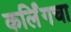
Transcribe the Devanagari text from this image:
कर्लिंगचा